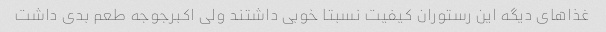
غذاهای دیگه این رستوران کیفیت نسبتا خوبی داشتند ولی اکبرجوجه طعم بدی داشت